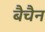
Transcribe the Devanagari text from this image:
बैचैन